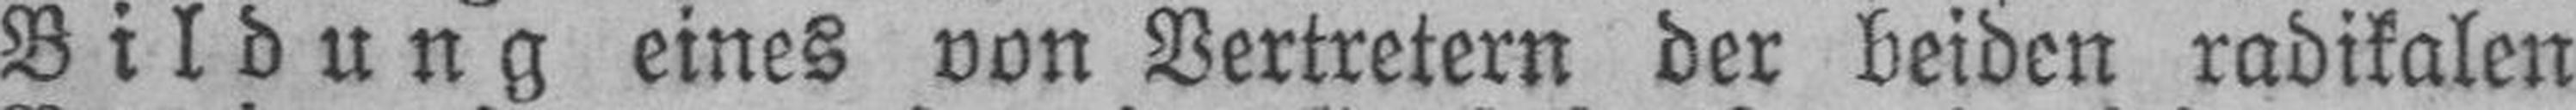
Bildung eines von Vertretern der beiden radikalen